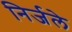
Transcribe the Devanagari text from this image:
निर्जले